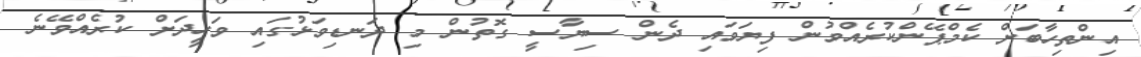
އިންތިހާބަށް ކެމްޕޭންކުރެއްވުން ފިޔަވައި ދެން ސިޔާސީ ގޮތުން މި ދަނޑިވަޅުގައި ވަހީދަށް ކުރެއްވޭނެ